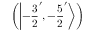
\left( \left| - { \frac { 3 } { 2 } } ^ { \prime } , - { \frac { 5 } { 2 } } ^ { \prime } \right\rangle \right)